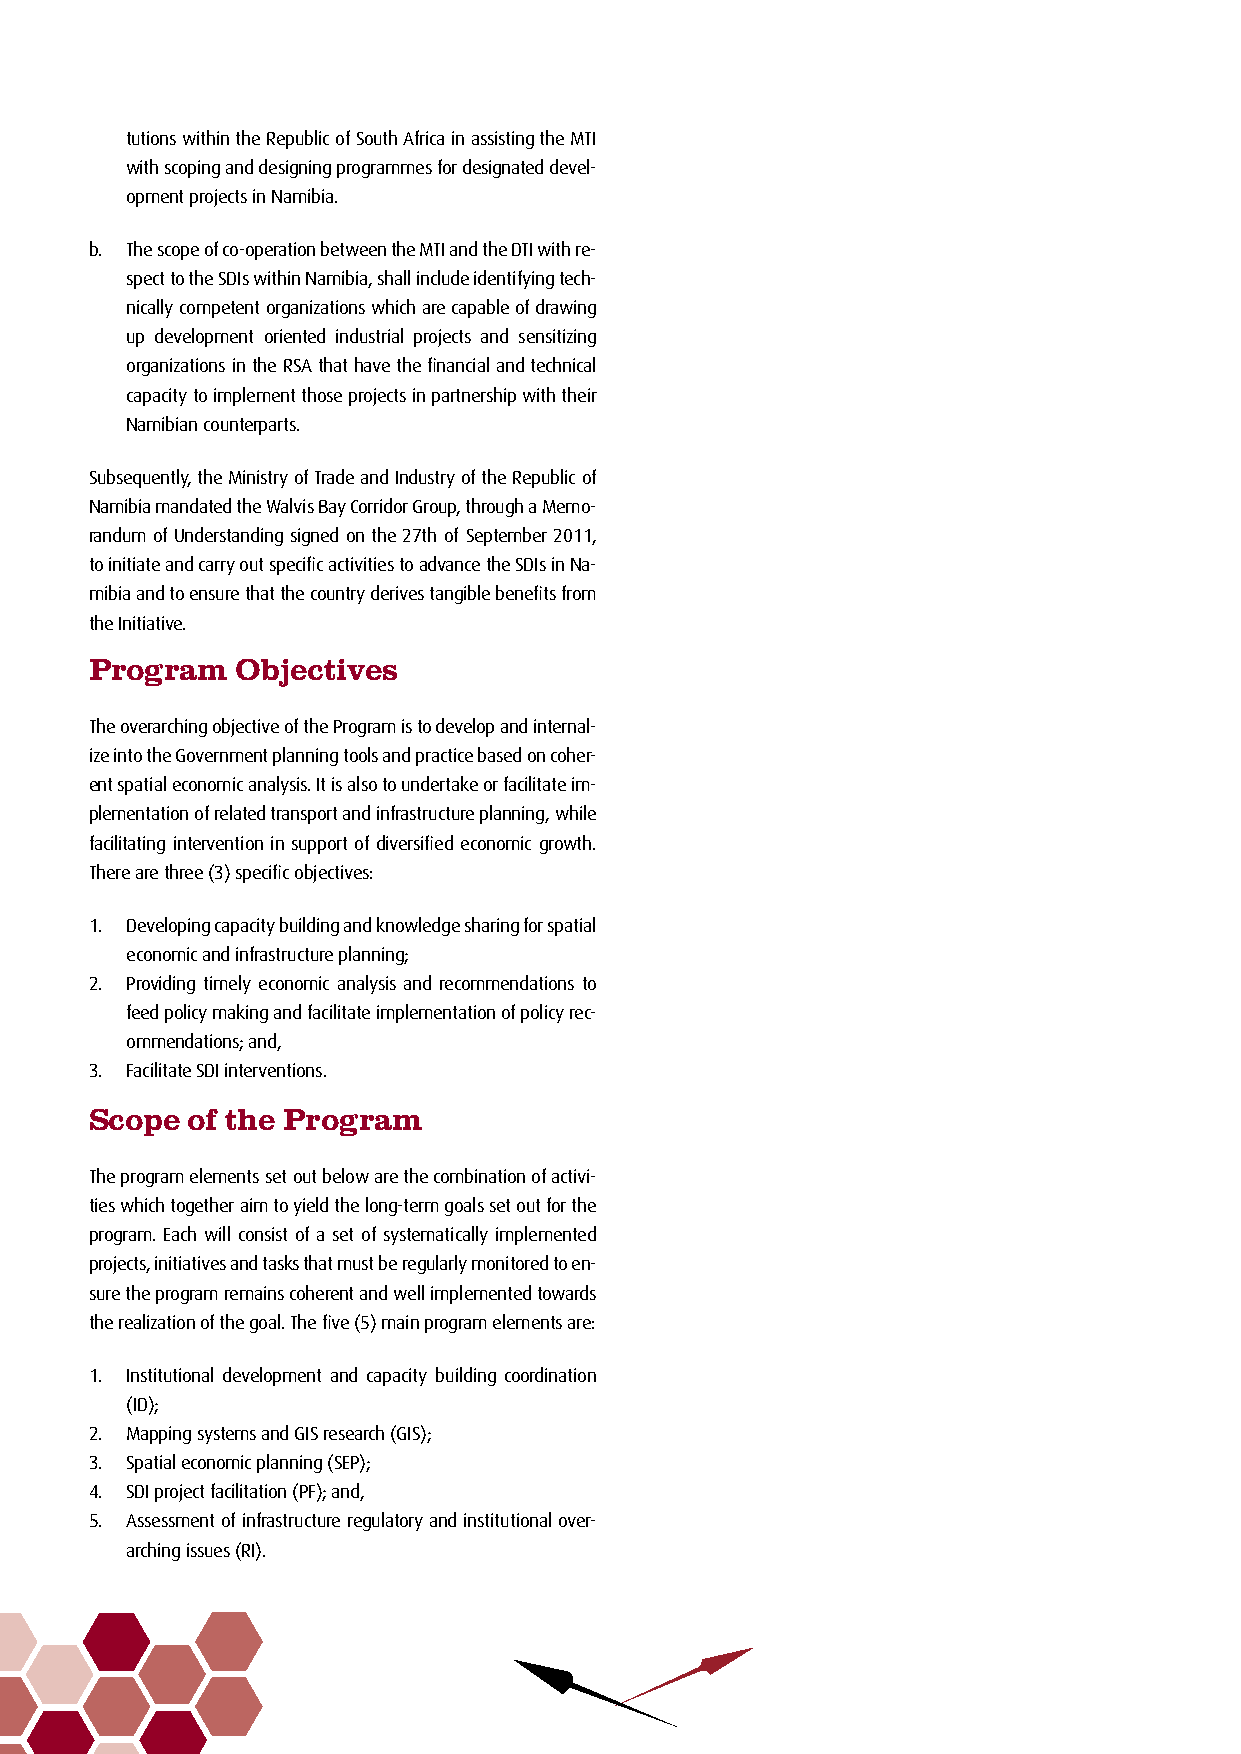
tutions within the Republic of South Africa in assisting the MTI
 with scoping and designing programmes for designated devel-
 opment projects in Namibia.
 b. The scope of co-operation between the MTI and the DTI with re-
 spect to the SDIs within Namibia, shall include identifying tech-
 nically competent organizations which are capable of drawing
 up development oriented industrial projects and sensitizing
 organizations in the RSA that have the financial and technical
 capacity to implement those projects in partnership with their
 Namibian counterparts.
 Subsequently, the Ministry of Trade and Industry of the Republic of
 Namibia mandated the Walvis Bay Corridor Group, through a Memo-
 randum of Understanding signed on the 27th of September 2011,
 to initiate and carry out specific activities to advance the SDIs in Na-
 mibia and to ensure that the country derives tangible benefits from
 the Initiative.
 Program   Objectives
 The overarching objective of the Program is to develop and internal-
 ize into the Government planning tools and practice based on coher-
 ent spatial economic analysis. It is also to undertake or facilitate im-
 plementation of related transport and infrastructure planning, while
 facilitating intervention in support of diversified economic growth.
 There are three (3) specific objectives:
 1. Developing capacity building and knowledge sharing for spatial
 economic and infrastructure planning;
 2. Providing timely economic analysis and recommendations to
 feed policy making and facilitate implementation of policy rec-
 ommendations; and,
 3. Facilitate SDI interventions.
 Scope of the Program
 The program elements set out below are the combination of activi-
 ties which together aim to yield the long-term goals set out for the
 program. Each will consist of a set of systematically implemented
 projects, initiatives and tasks that must be regularly monitored to en-
 sure the program remains coherent and well implemented towards
 the realization of the goal. The five (5) main program elements are:
 1. Institutional development and capacity building coordination
 (ID);
 2. Mapping systems and GIS research (GIS);
 3. Spatial economic planning (SEP);
 4. SDI project facilitation (PF); and,
 5. Assessment of infrastructure regulatory and institutional over-
 arching issues (RI).